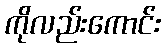
ကိုလည်းကောင်း